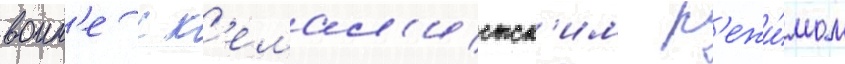
воин'е с к'емал'истск'им р'ежи́мом